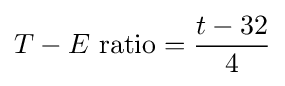
T-E{\text{ ratio}}={\frac {t-32}{4}}